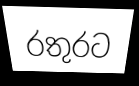
රතුරට